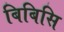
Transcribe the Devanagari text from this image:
बिबिसि